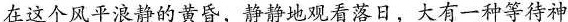
在这个风平浪静的黄昏，静静地观看落日，大有一种等待神